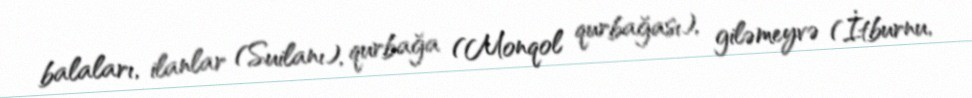
balaları, ilanlar (Suilanı), qurbağa (Monqol qurbağası), giləmeyvə (İtburnu,